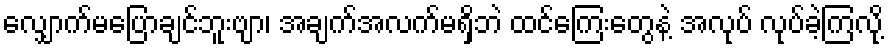
လျှောက်မပြောချင်ဘူးဗျာ၊ အချက်အလက်မရှိဘဲ ထင်ကြေးတွေနဲ့ အလုပ် လုပ်ခဲ့ကြလို့